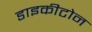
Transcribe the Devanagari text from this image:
डाइकीटोन